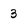
Character: 3